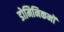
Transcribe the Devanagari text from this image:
डोमिनिकनों